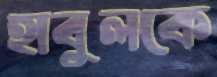
হাবুলকে